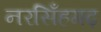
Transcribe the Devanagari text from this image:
नरसिँहगढ़